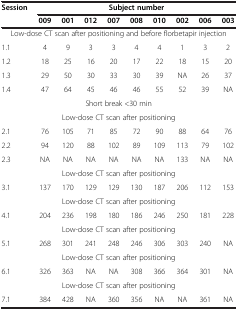
<table><thead><tr><td rowspan="2"><b>Session</b></td><td colspan="9"><b>Subject number</b></td></tr><tr><td><b>009</b></td><td><b>001</b></td><td><b>012</b></td><td><b>007</b></td><td><b>008</b></td><td><b>010</b></td><td><b>002</b></td><td><b>006</b></td><td><b>003</b></td></tr></thead><tbody><tr><td colspan="10">Low-dose CT scan after positioning and before florbetapir injection</td></tr><tr><td>1.1</td><td>4</td><td>9</td><td>3</td><td>3</td><td>4</td><td>4</td><td>1</td><td>3</td><td>2</td></tr><tr><td>1.2</td><td>18</td><td>25</td><td>16</td><td>20</td><td>17</td><td>22</td><td>18</td><td>15</td><td>20</td></tr><tr><td>1.3</td><td>29</td><td>50</td><td>30</td><td>33</td><td>30</td><td>39</td><td>NA</td><td>26</td><td>37</td></tr><tr><td>1.4</td><td>47</td><td>64</td><td>45</td><td>46</td><td>46</td><td>55</td><td>52</td><td>39</td><td>NA</td></tr><tr><td colspan="10">Short break &lt;30 min</td></tr><tr><td colspan="10">Low-dose CT scan after positioning</td></tr><tr><td>2.1</td><td>76</td><td>105</td><td>71</td><td>85</td><td>72</td><td>90</td><td>88</td><td>64</td><td>76</td></tr><tr><td>2.2</td><td>94</td><td>120</td><td>88</td><td>102</td><td>89</td><td>109</td><td>113</td><td>79</td><td>102</td></tr><tr><td>2.3</td><td>NA</td><td>NA</td><td>NA</td><td>NA</td><td>NA</td><td>NA</td><td>133</td><td>NA</td><td>NA</td></tr><tr><td colspan="10">Low-dose CT scan after positioning</td></tr><tr><td>3.1</td><td>137</td><td>170</td><td>129</td><td>129</td><td>130</td><td>187</td><td>206</td><td>112</td><td>153</td></tr><tr><td colspan="10">Low-dose CT scan after positioning</td></tr><tr><td>4.1</td><td>204</td><td>236</td><td>198</td><td>180</td><td>186</td><td>246</td><td>250</td><td>181</td><td>228</td></tr><tr><td colspan="10">Low-dose CT scan after positioning</td></tr><tr><td>5.1</td><td>268</td><td>301</td><td>241</td><td>248</td><td>246</td><td>306</td><td>303</td><td>240</td><td>NA</td></tr><tr><td colspan="10">Low-dose CT scan after positioning</td></tr><tr><td>6.1</td><td>326</td><td>363</td><td>NA</td><td>NA</td><td>308</td><td>366</td><td>364</td><td>301</td><td>NA</td></tr><tr><td colspan="10">Low-dose CT scan after positioning</td></tr><tr><td>7.1</td><td>384</td><td>428</td><td>NA</td><td>360</td><td>356</td><td>NA</td><td>NA</td><td>361</td><td>NA</td></tr></tbody></table>